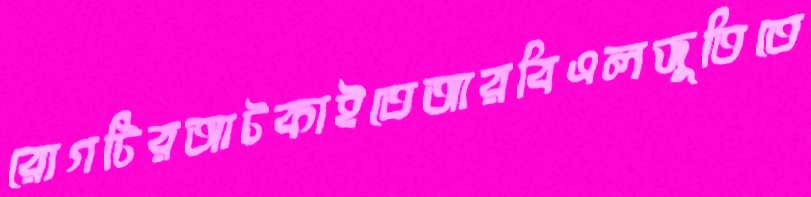
রোগটিরআটকাইতেআরবিএলজুতিতে